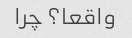
واقعا؟ چرا